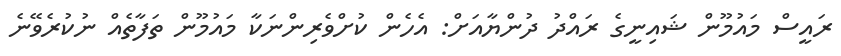
ރައީސް މައުމޫން ޝައިނީގެ ރައްދު ދުންޔާއަށް: އެހެން ކުށްވެރިންނަކާ މައުމޫން ތަފާތެއް ނުކުރެވޭނެ